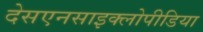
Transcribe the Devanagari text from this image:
देसएनसाइक्लोपीडिया